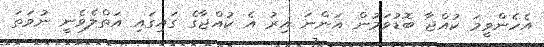
އެހެންވީމަ ކުއްޖާ ބޮޑުވަމުން އަންނަ އިރު އެ ކުއްޖާގެ ގައިގައި އަތްލެވެނީ ނުވަތަ